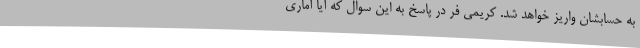
به حسابشان واریز خواهد شد. کریمی فر در پاسخ به این سوال که آیا آماری